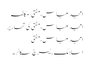
امجد عباس، مفتی | مکالمہ
امجد عباس، مفتی کی تحاریر
امجد عباس، مفتی
اسلامک ریسرچ سکالر۔